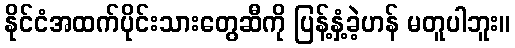
နိုင်ငံအထက်ပိုင်းသားတွေဆီကို ပြန့်နှံ့ခဲ့ဟန် မတူပါဘူး။